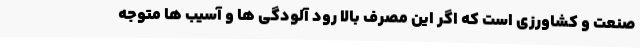
صنعت و کشاورزی است که اگر این مصرف بالا رود آلودگی ها و آسیب ها متوجه